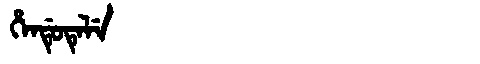
Manchu: ᡥᡝᠨᡩᡠᡨᡝᠯᡝ
Romanization: HENDUTELE